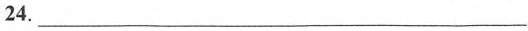
24.___